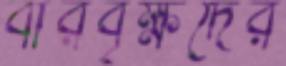
বীরবৃক্ষদের